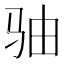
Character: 𩧨